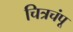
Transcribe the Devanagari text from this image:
चित्रचंपू